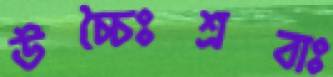
উচ্চৈঃশ্রবাঃ